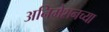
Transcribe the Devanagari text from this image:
अनिमेशनच्या